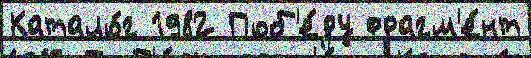
Катало́г 1982 Поб'е́ду фрагм'е́нт